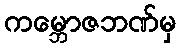
ကမ္ဘောဇဘဏ်မှ